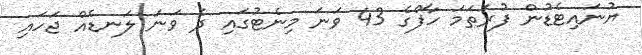
ޔުނައިޓެޑުން ފުރަތަމަ ހާފްގެ 43 ވަނަ މިނެޓުގައި ދެ ވަނަ ލަނޑެއް ޖަހައި